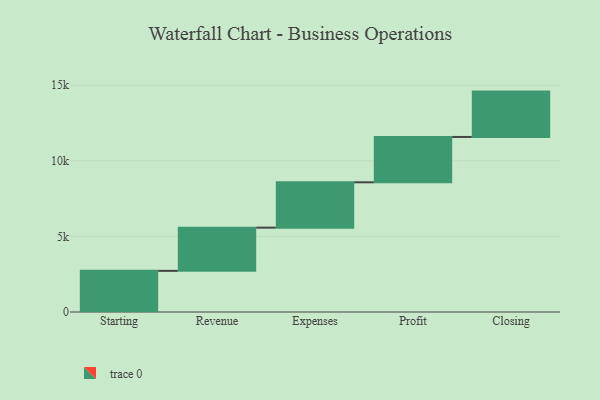
{"axis": {"x": "Step", "y": "Value"}, "legend": [""], "data": [{"x": "Starting", "y": 2722.0, "type": ""}, {"x": "Revenue", "y": 2858.0, "type": ""}, {"x": "Expenses", "y": 3000, "type": ""}, {"x": "Profit", "y": 3000, "type": ""}, {"x": "Closing", "y": 3000, "type": ""}]}